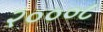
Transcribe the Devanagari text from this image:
२०००८